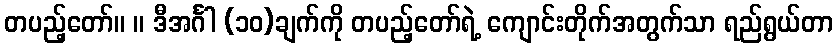
တပည့်တော်။ ။ ဒီအင်္ဂါ (၁၀)ချက်ကို တပည့်တော်ရဲ့ ကျောင်းတိုက်အတွက်သာ ရည်ရွယ်တာ